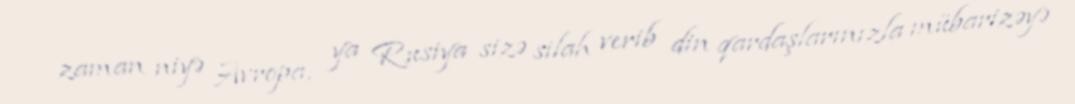
zaman niyə Avropa, ya Rusiya sizə silah verib din qardaşlarınızla mübarizəyə